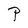
Character: P